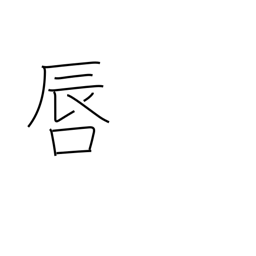
Meaning: lips